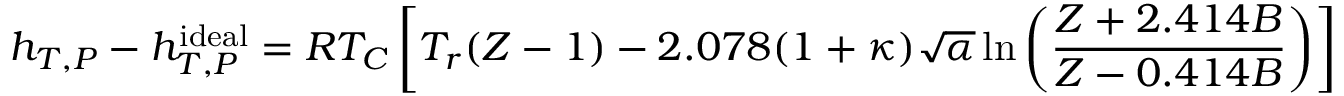
h _ { T , P } - h _ { T , P } ^ { \mathrm { i d e a l } } = R T _ { C } \left[ T _ { r } ( Z - 1 ) - 2 . 0 7 8 ( 1 + \kappa ) { \sqrt { \alpha } } \ln \left( { \frac { Z + 2 . 4 1 4 B } { Z - 0 . 4 1 4 B } } \right) \right]